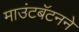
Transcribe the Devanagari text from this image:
माउंटबॅटनने